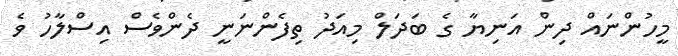
މީހުންނައް ދިން އަނިޔާ ގެ ބަދަލް މިއަދު ތިފެންނަނީ ދެންވެސް އިސްލާހު ވެ